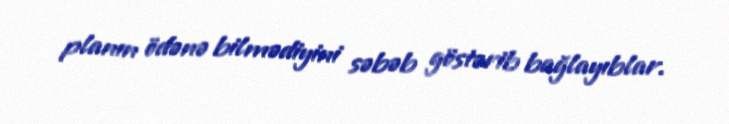
planın ödənə bilmədiyini səbəb göstərib bağlayıblar.